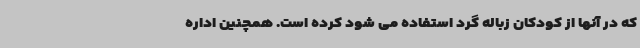
که در آنها از کودکان زباله گرد استفاده می شود کرده است. همچنین اداره